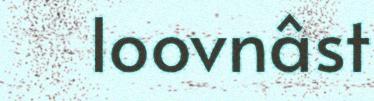
loovnâst